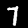
Digit: 7